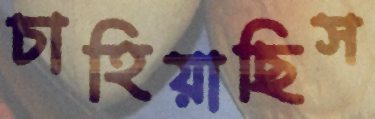
চাহিয়াছিস